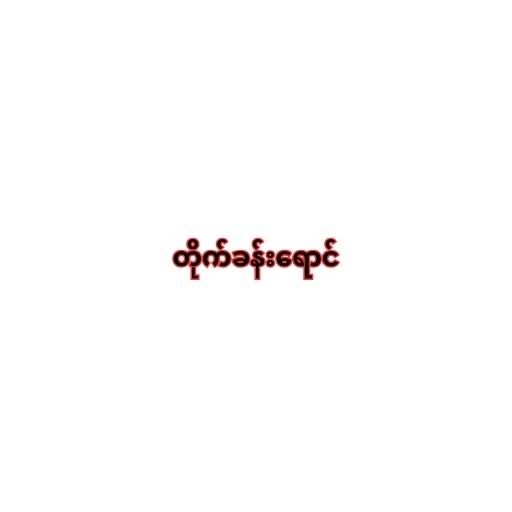
တိုက်ခန်းရောင်